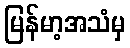
မြန်မာ့အသံမှ